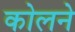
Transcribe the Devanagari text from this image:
कोलने